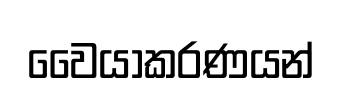
වෛයාකරණයන්